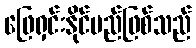
ဖြေရှင်းနိုင်မည်ဖြစ်သည်